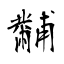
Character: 黼